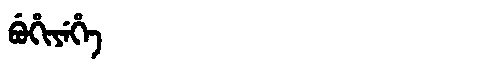
Manchu: ᠪᡠᡥᡳᠶᡝᡥᡝ
Romanization: BUHIYEHE